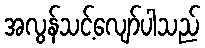
အလွန်သင့်လျော်ပါသည်